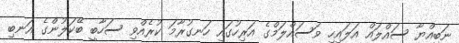
ނަބިއްޔާ ސައްލައް އަލައިހި ވަސައްލަމްގެ އަރިހުގައި ހަނގުރާމަ ކުރެއްވި ސަހާބީ ބޭކަލުންގެ އަނބި